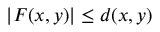
| F ( x , y ) | \leq d ( x , y )